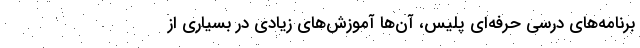
برنامه‌های درسی حرفه‌ای پلیس، آن‌ها آموزش‌های زیادی در بسیاری از